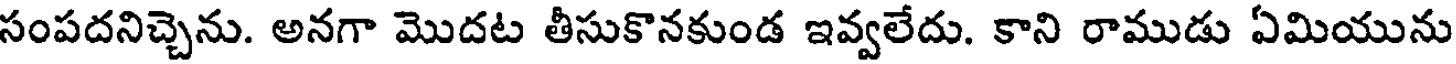
సంపదనిచ్చెను. అనగా మొదట తీసుకొనకుండ ఇవ్వలేదు. కాని రాముడు ఏమియును